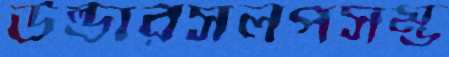
উল্ডারসলপসম্ভ